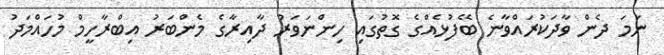
ނަމަ ދެން ވާދަކުރައްވާނެ ބޭފުޅެއްގެ ގޮތުގައި ހިންނަވަރު ދާއިރާގެ މެންބަރު އިބްރާހީމް މުހައްމަދު